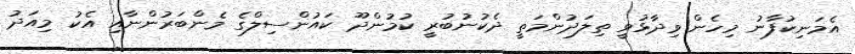
އެމަނިކުފާނު މިހެން ވިދާޅުވީ ތިލަދުންމަތީ ދެކުނުބުރީ ކުމުންދޫ ކައުންސިލްގެ މެންބަރުންނާއި އެކު މިއަދު